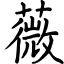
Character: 薇